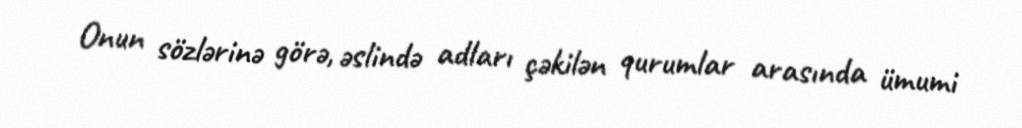
Onun sözlərinə görə, əslində adları çəkilən qurumlar arasında ümumi